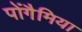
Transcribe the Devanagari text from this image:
पोंगैमिया